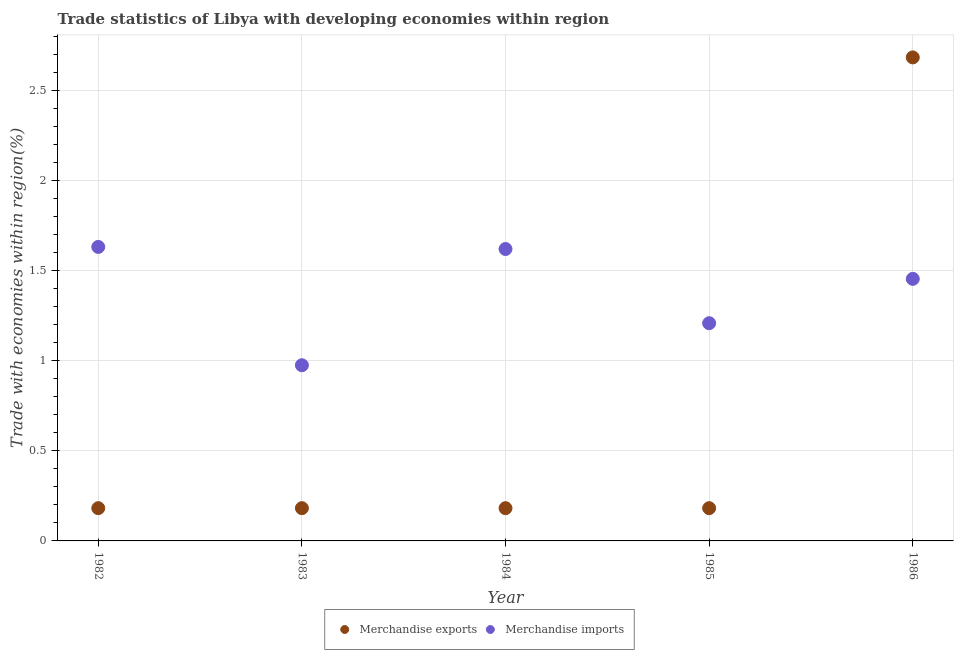
| Year | Merchandise exports | Merchandise imports |
 | --- | --- | --- |
 | 1982 | 0.182 | 1.63 |
 | 1983 | 0.182 | 0.975 |
 | 1984 | 0.182 | 1.62 |
 | 1985 | 0.182 | 1.21 |
 | 1986 | 2.68 | 1.45 |